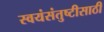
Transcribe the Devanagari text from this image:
स्वयंसंतुष्टीसाठी